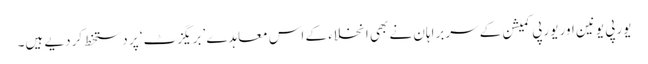
یورپی یونین اور یورپی کمیشن کے سربراہان نے بھی انخلاء کے اس معاہدے ’بریگزٹ‘ پر دستخط کردیے ہیں۔